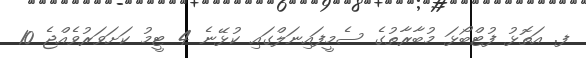
ފ. އަތޮޅު ފުޓްބޯޅަ މުބާރާތުގެ ސެމީފައިނަލްގައި ކުޅޭނެ 4 ޓީމު ކަށަވަރުވެއްޖެ 10